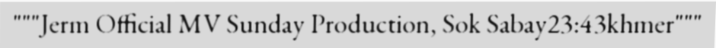
"""Jerm Official MV Sunday Production, Sok Sabay23:43khmer"""